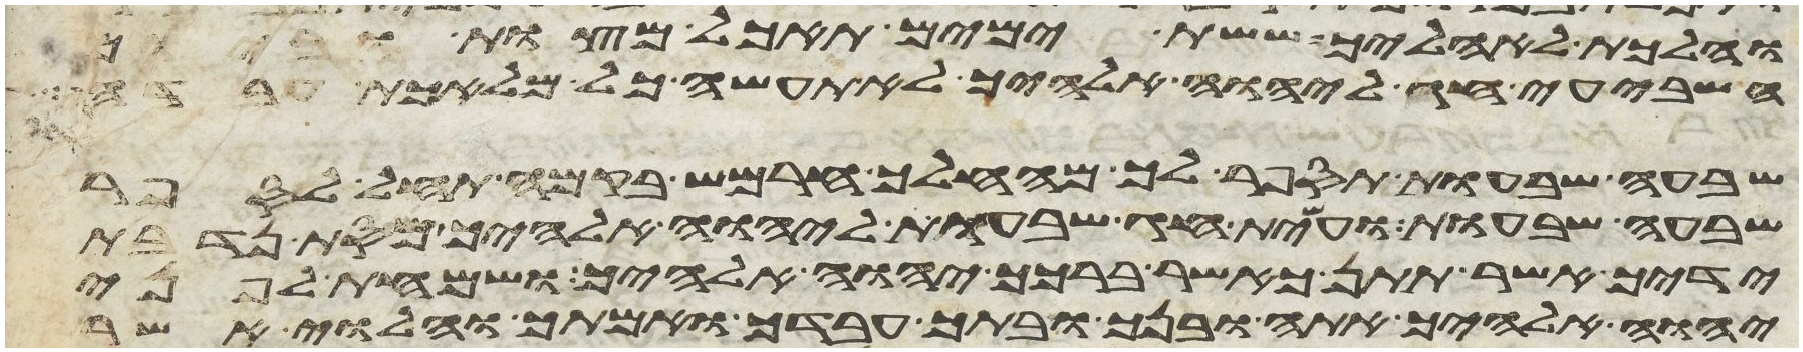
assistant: והלכת לאהליך ששת ימים תאכל מצות וביום
השביעי חג ליהוה אלהיך לא תעשה כל מלאכת עבדה
שבעה שבעות תספר לך מהחלך חרמש בקמה תחל לספר
שבעה שבעות ועשית חג שבעות ליהוה אלהיך מסת נדבת
ידיך אשר תתן כאשר ברכך יהוה אלהיך ושמחת לפני
יהוה אלהיך אתה ובנך ובתך עבדך ואמתך והלוי אשר